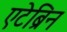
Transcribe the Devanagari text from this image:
एटेब्रिन